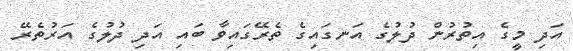
އަދި މީގެ އިތުރުން ދުލުގެ އަނގައިގެ ތެރޭގައިވާ ބައި އަދި ދުލުގެ އަރުތެރޭ